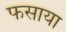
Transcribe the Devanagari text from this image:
फसाया